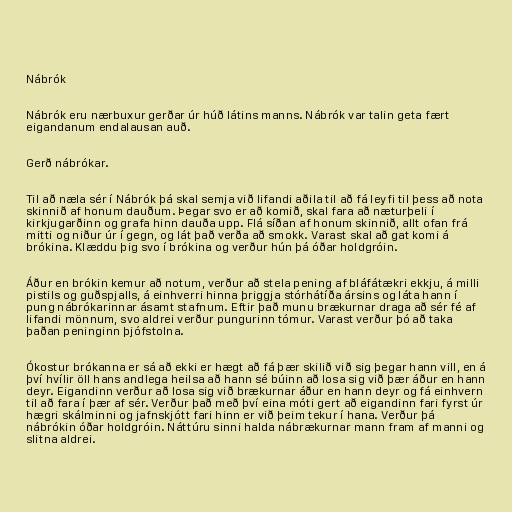
Nábrók

Nábrók eru nærbuxur gerðar úr húð látins manns. Nábrók var talin geta fært
eigandanum endalausan auð.

Gerð nábrókar.

Til að næla sér í Nábrók þá skal semja við lifandi aðila til að fá leyfi til þess að nota
skinnið af honum dauðum. Þegar svo er að komið, skal fara að næturþeli í
kirkjugarðinn og grafa hinn dauða upp. Flá síðan af honum skinnið, allt ofan frá
mitti og niður úr í gegn, og lát það verða að smokk. Varast skal að gat komi á
brókina. Klæddu þig svo í brókina og verður hún þá óðar holdgróin.

Áður en brókin kemur að notum, verður að stela pening af bláfátækri ekkju, á milli
pistils og guðspjalls, á einhverri hinna þriggja stórhátíða ársins og láta hann í
pung nábrókarinnar ásamt stafnum. Eftir það munu brækurnar draga að sér fé af
lifandi mönnum, svo aldrei verður pungurinn tómur. Varast verður þó að taka
þaðan peninginn þjófstolna.

Ókostur brókanna er sá að ekki er hægt að fá þær skilið við sig þegar hann vill, en á
því hvílir öll hans andlega heilsa að hann sé búinn að losa sig við þær áður en hann
deyr. Eigandinn verður að losa sig við brækurnar áður en hann deyr og fá einhvern
til að fara í þær af sér. Verður það með því eina móti gert að eigandinn fari fyrst úr
hægri skálminni og jafnskjótt fari hinn er við þeim tekur í hana. Verður þá
nábrókin óðar holdgróin. Náttúru sinni halda nábrækurnar mann fram af manni og
slitna aldrei.